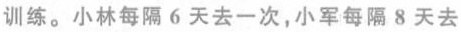
训练。小林每隔6天去一次，小军每隔8天去